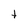
Character: t